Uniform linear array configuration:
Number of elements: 16
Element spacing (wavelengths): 1
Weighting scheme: uniform
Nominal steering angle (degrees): -60
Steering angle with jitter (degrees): -59.947
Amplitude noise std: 0.05
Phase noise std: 0.05

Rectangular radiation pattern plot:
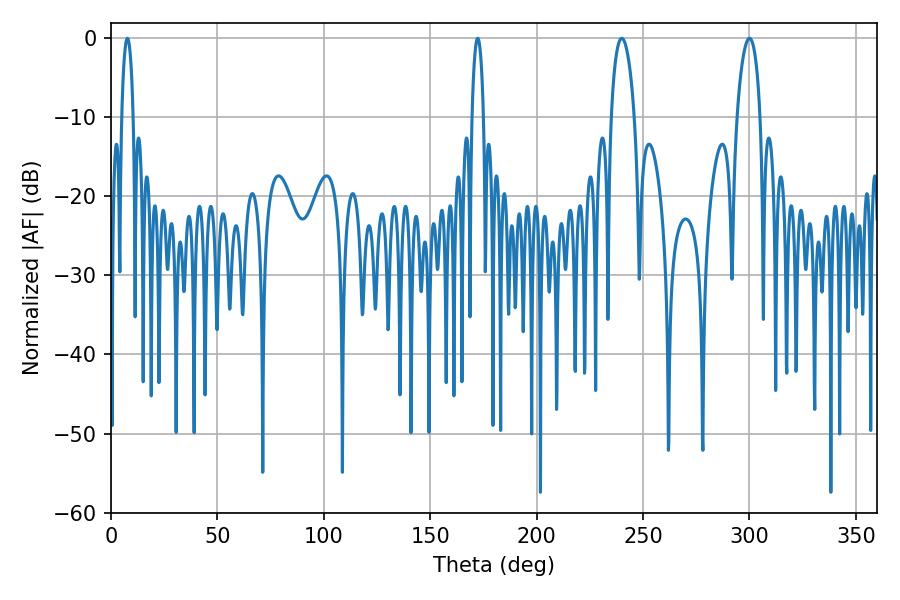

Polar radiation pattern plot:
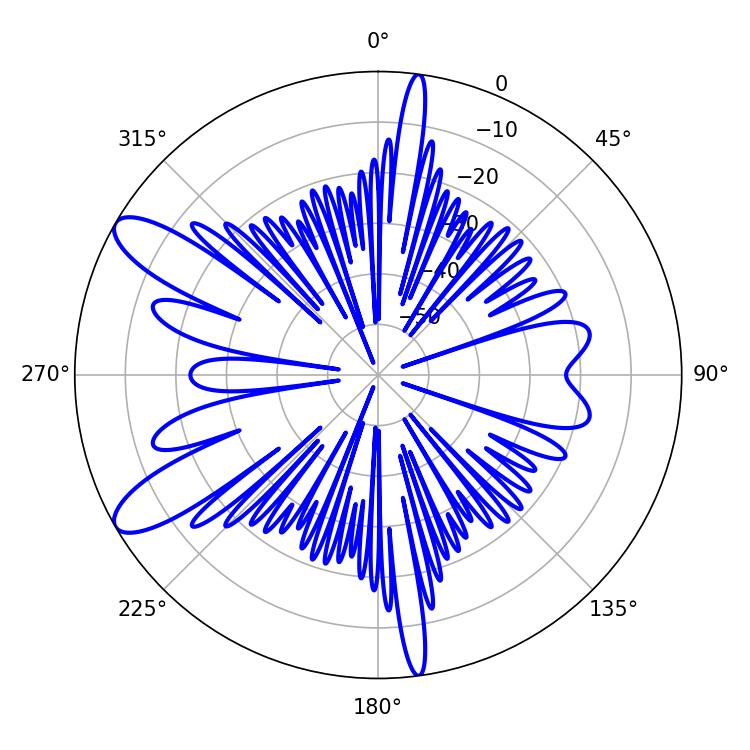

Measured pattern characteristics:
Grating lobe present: TRUE
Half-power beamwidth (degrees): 6.12
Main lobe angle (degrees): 239.94